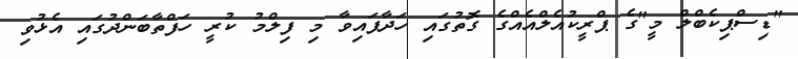
"ޑިސްޕިކެބްލް މީ"ގެ ޕްރީކުއެލްއެއްގެ ގޮތުގައި ހަދާފައިވާ މި ފިލްމު ކުރީ ހަފްތާބަންދުގައި އެޅުވި